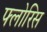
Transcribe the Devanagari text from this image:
फ्लोरिस